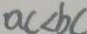
a c < b c